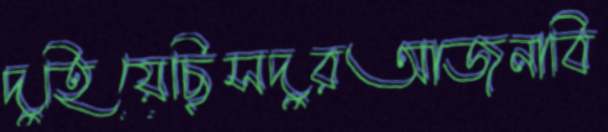
দুহিয়েছিসদুরআজনাবি